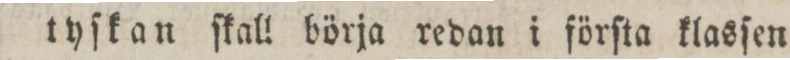
tyſkan ſkall börja redan i förſta klasſen